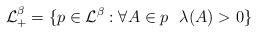
LaTeX: \begin{align*}\mathcal{L}_+^\beta=\{p\in \mathcal{L}^\beta:\forall A\in p\,\,\,\,\lambda(A)>0\}\end{align*}